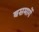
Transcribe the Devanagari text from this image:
बसमार्गे